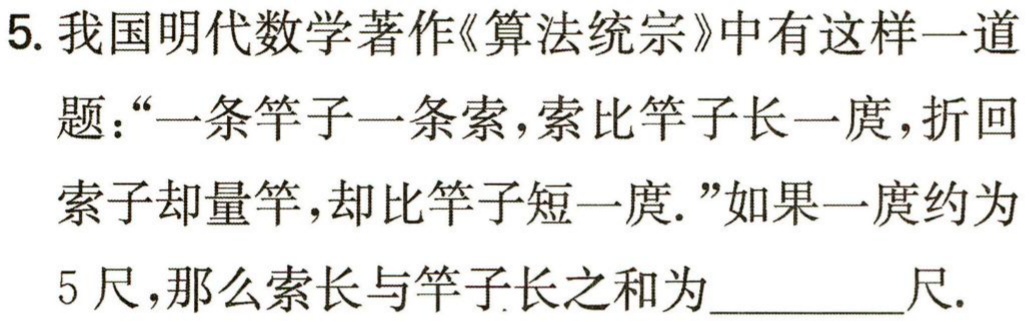
5. 我国明代数学著作《算法统宗》中有这样一道

题：“一条竿子一条索，索比竿子长一庹，折回

索子却量竿，却比竿子短一庹.”如果一庹约为

5尺，那么索长与竿子长之和为__________尺.